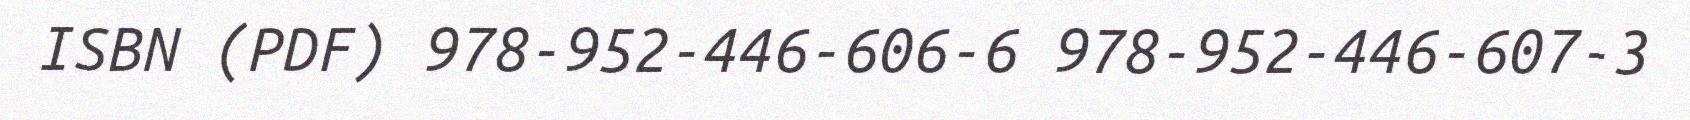
ISBN (PDF) 978-952-446-606-6 978-952-446-607-3